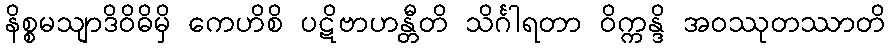
နိစ္စမသျာဒိဝိဓိမှိ ကေဟိစိ ပဋိဗာဟန္တီတိ သိင်္ဂါရတာ ဝိက္ကန္ဒိ အဝဿုတဿာတိ